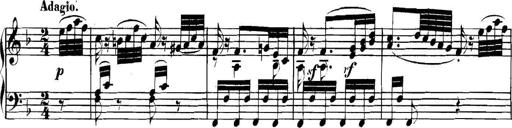
Title: Collected Piano Sonatas
Composer: Muzio Clementi